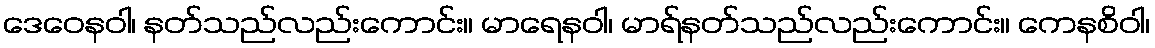
ဒေဝေနဝါ၊ နတ်သည်လည်းကောင်း။ မာရေနဝါ၊ မာရ်နတ်သည်လည်းကောင်း။ ကေနစိဝါ၊